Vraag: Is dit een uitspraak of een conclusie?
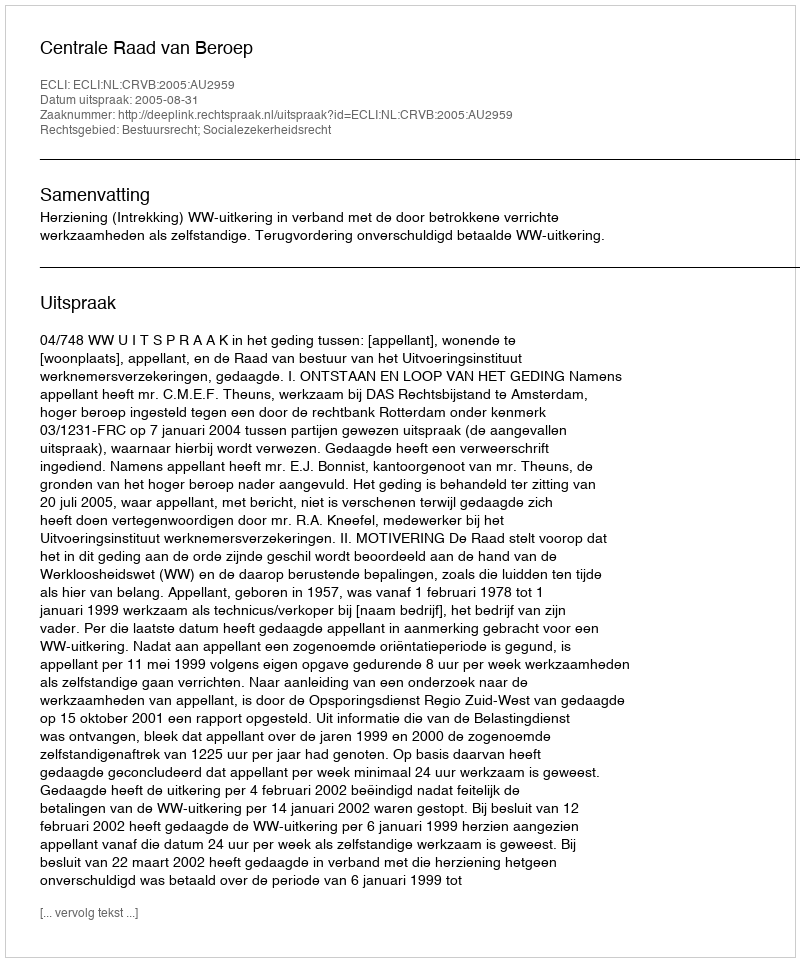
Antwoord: Uitspraak